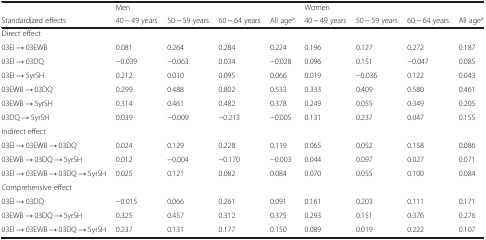
<table><thead><tr><td></td><td colspan="4"><b>Men</b></td><td colspan="4"><b>Women</b></td></tr><tr><td><b>Standardized effects</b></td><td><b>40 ~ 49 years</b></td><td><b>50 ~ 59 years</b></td><td><b>60 ~ 64 years</b></td><td><b>All age<sup>a</sup></b></td><td><b>40 ~ 49 years</b></td><td><b>50 ~ 59 years</b></td><td><b>60 ~ 64 years</b></td><td><b>All age<sup>a</sup></b></td></tr></thead><tbody><tr><td>Direct effect</td><td></td><td></td><td></td><td></td><td></td><td></td><td></td><td></td></tr><tr><td>03EI → 03EWB</td><td>0.081</td><td>0.264</td><td>0.284</td><td>0.224</td><td>0.196</td><td>0.127</td><td>0.272</td><td>0.187</td></tr><tr><td>03EI → 03DQ</td><td>−0.039</td><td>−0.063</td><td>0.034</td><td>−0.028</td><td>0.096</td><td>0.151</td><td>−0.047</td><td>0.085</td></tr><tr><td>03EI → 5yrSH</td><td>0.212</td><td>0.010</td><td>0.095</td><td>0.066</td><td>0.019</td><td>−0.036</td><td>0.122</td><td>0.043</td></tr><tr><td>03EWB → 03DQ</td><td>0.299</td><td>0.488</td><td>0.802</td><td>0.533</td><td>0.333</td><td>0.409</td><td>0.580</td><td>0.461</td></tr><tr><td>03EWB → 5yrSH</td><td>0.314</td><td>0.461</td><td>0.482</td><td>0.378</td><td>0.249</td><td>0.055</td><td>0.349</td><td>0.205</td></tr><tr><td>03DQ → 5yrSH</td><td>0.039</td><td>−0.009</td><td>−0.213</td><td>−0.005</td><td>0.131</td><td>0.237</td><td>0.047</td><td>0.155</td></tr><tr><td>Indirect effect</td><td></td><td></td><td></td><td></td><td></td><td></td><td></td><td></td></tr><tr><td>03EI → 03EWB → 03DQ</td><td>0.024</td><td>0.129</td><td>0.228</td><td>0.119</td><td>0.065</td><td>0.052</td><td>0.158</td><td>0.086</td></tr><tr><td>03EWB → 03DQ → 5yrSH</td><td>0.012</td><td>−0.004</td><td>−0.170</td><td>−0.003</td><td>0.044</td><td>0.097</td><td>0.027</td><td>0.071</td></tr><tr><td>03EI → 03EWB → 03DQ → 5yrSH</td><td>0.025</td><td>0.121</td><td>0.082</td><td>0.084</td><td>0.070</td><td>0.055</td><td>0.100</td><td>0.084</td></tr><tr><td>Comprehensive effect</td><td></td><td></td><td></td><td></td><td></td><td></td><td></td><td></td></tr><tr><td>03EI → 03DQ</td><td>−0.015</td><td>0.066</td><td>0.261</td><td>0.091</td><td>0.161</td><td>0.203</td><td>0.111</td><td>0.171</td></tr><tr><td>03EWB → 03DQ → 5yrSH</td><td>0.325</td><td>0.457</td><td>0.312</td><td>0.375</td><td>0.293</td><td>0.151</td><td>0.376</td><td>0.276</td></tr><tr><td>03EI → 03EWB → 03DQ → 5yrSH</td><td>0.237</td><td>0.131</td><td>0.177</td><td>0.150</td><td>0.089</td><td>0.019</td><td>0.222</td><td>0.107</td></tr></tbody></table>